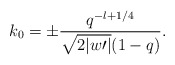
\begin{align*}k_{0}=\pm \frac{q^{-l+1/4}}{\sqrt{2|w\prime|}(1-q)}.\end{align*}